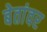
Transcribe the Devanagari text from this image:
बेतांवर